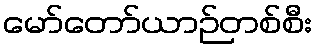
မော်တော်ယာဉ်တစ်စီး